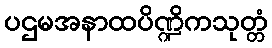
ပဌမအနာထပိဏ္ဍိကသုတ္တံ